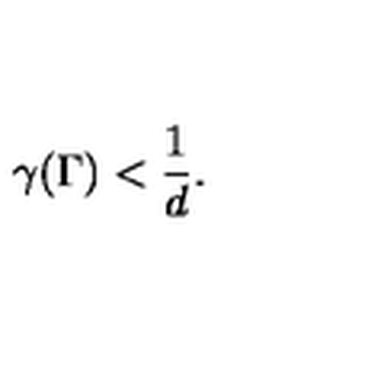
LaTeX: \gamma ( \Gamma ) < \frac { 1 } { d } .